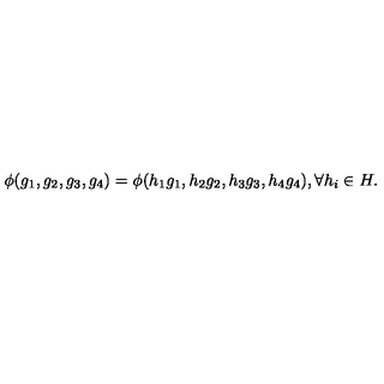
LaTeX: \phi ( g _ { 1 } , g _ { 2 } , g _ { 3 } , g _ { 4 } ) = \phi ( h _ { 1 } g _ { 1 } , h _ { 2 } g _ { 2 } , h _ { 3 } g _ { 3 } , h _ { 4 } g _ { 4 } ) , \forall h _ { i } \in H .